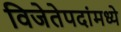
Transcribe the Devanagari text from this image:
विजेतेपदांमध्ये